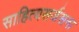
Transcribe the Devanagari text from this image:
साहित्यसर्जसना